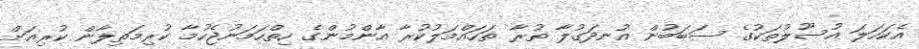
އެކަހަލަ އުސޫލުތަކުގެ ސަބަބުން އުނދަގުލާ ތުރާ ތަހައްމަލުކުރާ އާންމުންގެ ހިތްހަމަނުޖެހުމާ ކުރިމަތިލާން ކުރިއަށް